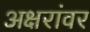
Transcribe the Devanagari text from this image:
अक्षरांवर